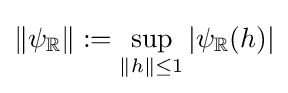
\left\|\psi _{\mathbb {R} }\right\|:=\sup _{\|h\|\leq 1}\left|\psi _{\mathbb {R} }(h)\right|